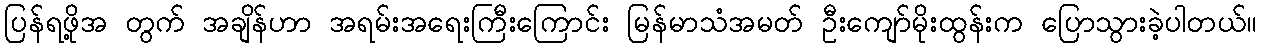
ပြန်ရဖို့အ တွက် အချိန်ဟာ အရမ်းအရေးကြီးကြောင်း မြန်မာသံအမတ် ဦးကျော်မိုးထွန်းက ပြောသွားခဲ့ပါတယ်။